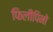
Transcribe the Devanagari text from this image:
फिलीपिनो